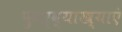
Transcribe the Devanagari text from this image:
पुनर्व्याख्याएं